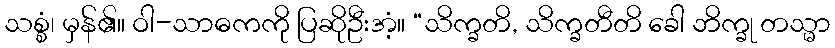
သစ္စံ၊ မှန်၏။ ဝါ-သာဓကကို ပြဆိုဦးအံ့။ “သိက္ခတိ, သိက္ခတီတိ ခေါ ဘိက္ခု တသ္မာ